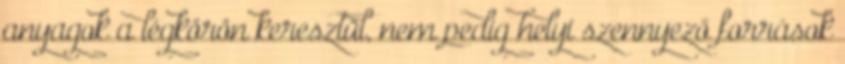
anyagok a légkörön keresztül, nem pedig helyi szennyező források